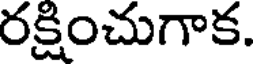
రక్షించుగాక.